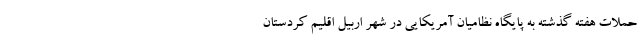
حملات هفته گذشته به پایگاه نظامیان آمریکایی در شهر اربیل اقلیم کردستان